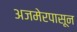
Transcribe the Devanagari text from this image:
अजमेरपासून